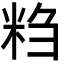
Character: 𬖖